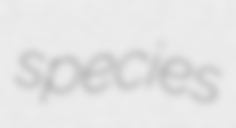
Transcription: species